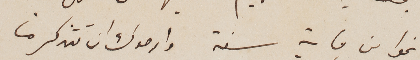
نحوا من ماية سنة وارجوك ان تتذكر ما